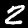
Digit: 2